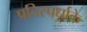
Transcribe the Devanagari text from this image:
प्रतिस्पर्धाके